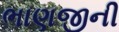
ભાણજીની